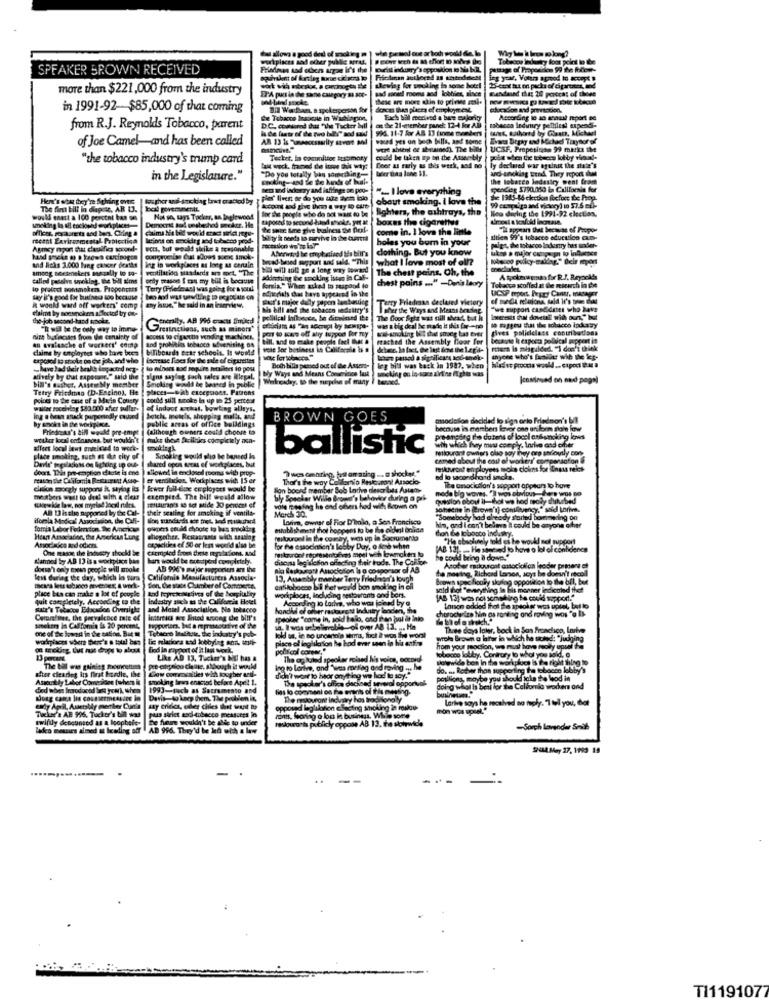
SPEAKER BROWN RECEIVED
more than $221,000 from the industry
od that 24 porecst of
in 1991-92-$85,000 of that coming
from R.J. Reynolds Tobacco, parent
of Joe Camel-and has been called
"the tobacco industry's trump card
in the Legislature."
ry ant lafringe De poo-
"- I love everything
toCity $790.050 in California for
Here's was they're Sighing over
tougher ans-smoking last crackod by
about smoking. I love the
the 1945-14 ckction fbefore the Prop.
The first bill in diapese, AR U.
bal poremments,
lighters, the ashtrays, the
91-92 clauss
would enest a 100 percent ban on
Not so, says Tocker, an Inglewood
porad
boxes the cigarettes
five balnes the flext.
come in. 1 lova the linte
recent Environmental- Pabloctica
lejos on mnokdet and tobacco prod.
holes you bum in your
altien 99's tobacco educstico cn-
Asmay import that clasifica second-
ects, but would slike a reasonable
dothing. But you know
hand socks m) o kadws curcinogen
ing in workplaces as long as certain
apart and uld. "This |what I love most of all?
and Richs 3.000 lung cancer deaths
among Meesmekers mically to so-
ventilation stadarde on oct. "The
te a long way lowand
The chest pains, Oh, the
called passlys smoking, be bill sims
only prason I aas my bill is because
smoking isten in Cal
chest pains ... " -Denis leary
lo protect sonnoken. Propenches
Terry (Pledeaol was going for a pourl
foria."
4Ye appeared in the
UCOP mport Pegry Canar, masagr
say it's good for business too because
Terry Friedman declared vietery
of media relaciona fald it's toen Eski
R would ward off workers' comp
my house," he said in an interview
Nis bill and
Isher the Ways and Means brazing
we support candidates who have
the-job second-hand mincir.
Generally, AB 996 cacu Bined
The Door Sata was still ahead, but in
inensis that dovessi with our," Io
he tobacco indas
Gresinctions, such as minors"
TLY
was a big deal he made it this for-ne
nine butincases from the cenaisty e
an Avalanche of workers' comp
and probitins tobacco advenising os
access to Gigasetla vending machines.
and to
ftached the Assembly Hoor for
political support
claims by employtes who hos boca biliboards ecar schools. It world
tapokal as szoba on the job, and who |facrease fines for the sale of cigarettes
one for 500
~have had their health dopected oog-
to miners and require Retailers to post
bly Ways and Means Comenincs lut
Both billa passed out of the Assort-
alively by that capoune." said the
bin's father, Assembly member
Welnesday. to the mepche of many
Tetry Friedman (D-Encino), He
Smoking windt be benned in publie
places-with exceptions. Patrons
Poios to be one of a Mein County
could still sonoko la up to 25 pertest
wallet receiving $80.000 after sadler-
of indaot achat, bowling alleys.
Ing a bean mack pumpenedly caused
batch, mou's, shopping mullt, and
public areas of office buildings
BROWN GOES
by snokt in phe wukpince.
Friednous's bill would pre empt
(although owners could choose to
faks theve facileics completely sa-
dleet local laws anieled to work-
ballistic
place smoking, such as the city of
shared opos seems ef workplaces, but
Smokleg would gho be banned is
Darks' topaladios en beting ip out-
doort. That pre-emption diente is ene
allowed in enclosed rooms with prop-
"wes omaring, los om aring ... a shocker."
Peuton the California Restaurant Asso-
er venolados, Workplaces with 15 er
That's the way Collomio Restaurant Ansocio-
Gillion tocgly suppons it saying its
Jewer full-desc employers would be
lion boord member Bob Larive describes Astaos
nada
meusbers west to deal with & clear
exempind. The bill would allow
bly Soscker Wille Brown's behavior during a pri-
AB 13 isalso supported by the Cal- their seating for smoking if ventila-
vole mies fing ha end ofers hod will &cowen on
March 30.
Larm, owner of For D'imin, a Sen Francisco
Tomia Labor Fedeton, Ic American
Oupers could choose to bes smoking
establishment That happens to be the cideil Bnica
Heart Association, the Ameerkun Lung
aliogether, Restaurants wich szatlog
restaurant in the country, wens up in Sacramento
One gas the industry should be
capacities ef 50 or less voerd also be
by Duy, o dice when
L'armed by AB 13 isa workplace bas
an would be tettperd completely.
dousahi only means people will mole
len danleg the day, which is sima
Califomia Manufacturers Assosias
Brown spac
place bia can make a lot of people
Son, Che state Chamber of Commerce.
sold hot "en
quit completely, According to the
industry such as the California Hotel
State's Tebecos Educados Oversight
and Motel Association, No tobacco
Compraimer, the porvalcoce tale of
me of the loved in the bacon, But m
smokers in Callforis fs 20 peroml,
Tobacco Inalitric, the industry's pob-
piace o
Wol Bros
o troking tut huis drops to about
food in gayport of it last week.
pollfco
Like AD 13. Tucker's NO has a
solewide bos In the workplace is the right thing to
uy OM
Efter clearleg is first hurdle, the flow comensalties with lougher ard-
The Mal wie gaining pourcette
gre chpeloo clause, albooch it would
Do. .. Rotw thon supporting the tobocon lobby's
Ascully Labor Comezione fuhver in
smoking firms enaciad before Apelt 1.
ICy.
opportuak
positions, maybe you should take to leod in
died when Irayodocad bes year), when
1993-such as Sacramento and
doing whol hs beal for the Cellomlo woder ond
Doag came lid cosmsermessire in
Davis-to keep them. The proben in,
Larive soys he received no taply. "I tell you, dat
ly April, Auchally member Car's |say crides, oder cities that want to
Tuchee'& AE 996. Tucker's bil wal
pus strict aos tobacco measures in
swiftly denounced as a loopbeie-
De hyere wouldn't be able to under
ly oppose AB 13.
loko meurs aimed at Ireding off
AB 996. They'd be ked with a low
-Sorch lavender Seik
964 May 27, 1993 19
-
---
-
T11191077